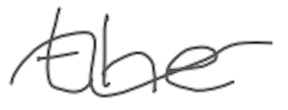
Text: the
Cross-out: wave
Writing tool: digital_gray